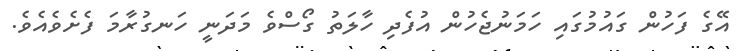
އޭގެ ފަހުން ގައުމުގައި ހަމަނުޖެހުން އުފެދި ހާލަތު ގޯސްވެ މަދަނީ ހަނގުރާމަ ފެށެވެއެވެ.